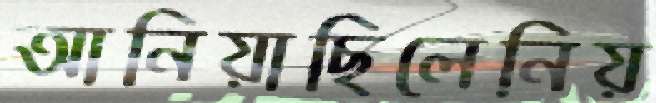
আনিয়াছিলেনিয়